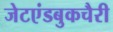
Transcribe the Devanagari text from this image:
जेटएंडबुकचैरी